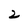
Character: 2